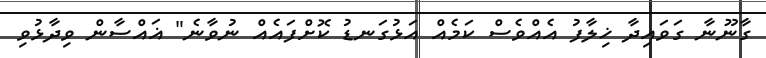
ގާނޫނާ ގަވައިދާ ޚިލާފު އެއްވެސް ކަމެއް އަޅުގަނޑު ކޮށްފައެއް ނުވާނެ" ޣައްސާން ވިދާޅުވި